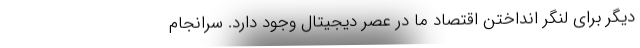
دیگر برای لنگر انداختن اقتصاد ما در عصر دیجیتال وجود دارد. سرانجام